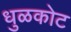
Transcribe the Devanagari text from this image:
धुळकोट